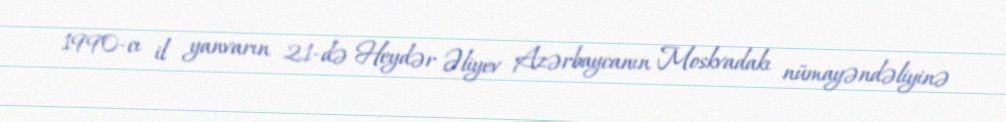
1990-cı il yanvarın 21-də Heydər Əliyev Azərbaycanın Moskvadakı nümayəndəliyinə